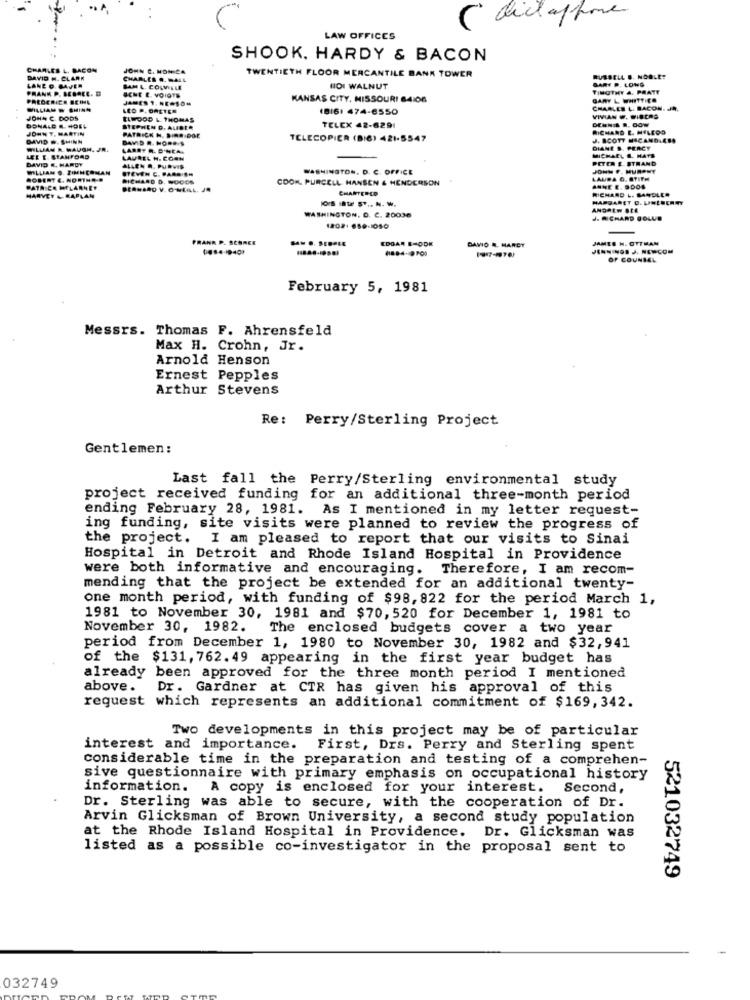
( dictaphone
LAW OFFICES
SHOOK. HARDY & BACON
CHARLES L. BACON
JOHN C. MONICA
TWENTIETH FLOOR MERCANTILE BANK TOWER
DAVID H. CLARK
CHARLES .. MALL
BART P. LONG
RUSSELL B. NOBLET
PRANK P. BEBOEL. D
LANE C. BAUER
BAM L. COLVILLE
SCHE E. VOIOTE
HDI WALNUT
TIMOTHY 4. PRATE
PREDERICH BEINL
JAMES 1. HE=10M
KANSAS CITY, MISSOURI 64106
GARY L WHITTICO
WILLIAM - SHING
LED P. OALTER
1816: 474-6550
CHARLES L. BACON. JR.
JOHN C. DODS
ELWOOD L. THOMAS
VIVIAN W. WIBERO
DONALD & HOEL
JOHN T. MARTIN
STEPHEN D. AUBER
TELEX 42-6291
RICHARD E. HILEOS
DAVID . SHINN
PATRICK H. BIRRIDGE
BAMID R. NORD.S
TELECOPIER (BI6) 421-5547
J. SCOTT HACANDLABS
WILLIAN R. HAUGH. JR.
LARRY R. D'NCA
DIANE S. PERCY
MICHAEL S. HATS
LEE E. STANFORD
DAVID E. HARDY
LAUREL H. COON
PETER S. STRAND
WILLIAM S. FINNCOMAN
ALLEN A. PURVIS
STEVEN C. PARO.S.H
WASHINGTON, D. C. OFFICE
JOHN F. MURPHY
ROBERT C. NORTH ...
DICHARD D. WOODS
COOK. PURCELL HANSEN & HENDERSON
LAURA G. STITH
PATRICE MELARMET
CHARTERED
HARVEY & CAPLAN
MARGARET D. UNESCREWY
ANDREW SEE
WASHINGTON, D. C. 20036
J. RICHARD BOLUS
1202+ 659-1050
FRANK P. SCHNEE
EDGAR SHOOK
JAMES H. OTTMAN
DAVID &. MARCY
OF COUNSEL
February 5, 1981
Messrs. Thomas F. Ahrensfeld
Max H. Crohn, Jr.
Arnold Henson
Ernest Pepples
Arthur Stevens
Re :
Perry/Sterling Project
Gentlemen:
Last fall the Perry/Sterling environmental study
project received funding for an additional three-month period
ending February 28, 1981. As I mentioned in my letter request-
ing funding, site visits were planned to review the progress of
the project. I am pleased to report that our visits to Sinai
Hospital in Detroit and Rhode Island Hospital in Providence
were both informative and encouraging. Therefore, I am recom-
mending that the project be extended for an additional twenty-
one month period, with funding of $98, 822 for the period March 1,
1981 to November 30, 1981 and $70, 520 for December 1, 1981 to
November 30, 1982.
The enclosed budgets cover a two year
period from December 1, 1980 to November 30, 1982 and $32,941
of the $131, 762. 49 appearing in the first year budget has
already been approved for the three month period I mentioned
above.
Dr. Gardner at CTR has given his approval of this
request which represents an additional commitment of $169,342.
Two developments in this project may be of particular
interest and importance. First, Drs. Perry and Sterling spent
considerable time in the preparation and testing of a comprehen-
sive questionnaire with primary emphasis on occupational history
information. A copy is enclosed for your interest. Second,
Dr. Sterling was able to secure, with the cooperation of Dr.
Arvin Glicksman of Brown University, a second study population
at the Rhode Island Hospital in Providence. Dr. Glicksman was
listed as a possible co-investigator in the proposal sent to
521032749
032749